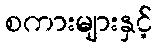
စကားများနှင့်